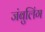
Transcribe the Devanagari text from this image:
जंबुलिंग